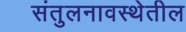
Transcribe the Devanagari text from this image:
संतुलनावस्थेतील